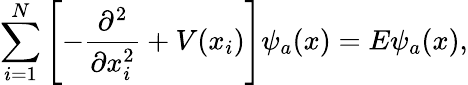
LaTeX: \sum_{i=1}^{N}\left[-\frac{\partial^{2}}{\partial x_{i}^{2}}+V(x_{i})\right]\psi_{a}(x)=E\psi_{a}(x),